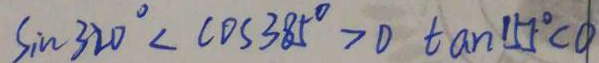
\sin 3 2 0 ^ { \circ } < \cos 3 8 5 ^ { \circ } > 0 \tan 1 5 5 ^ { \circ } C O